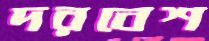
দরবেশ